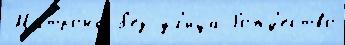
Матро́на б'ез у́л'ица Рожд'ество́